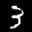
Label: 3